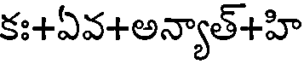
కః+ఏవ+అన్యాత్+హి